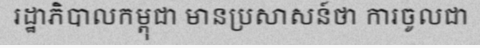
រដ្ឋាភិបាលកម្ពុជា មានប្រសាសន៍ថា ការចូលជា